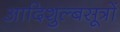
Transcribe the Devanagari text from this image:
आदिशुल्बसूत्रों